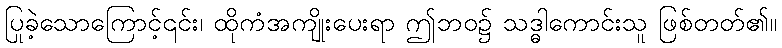
ပြုခဲ့သောကြောင့်၎င်း၊ ထိုကံအကျိုးပေးရာ ဤဘဝ၌ သဒ္ဓါကောင်းသူ ဖြစ်တတ်၏။